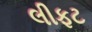
લીફટ